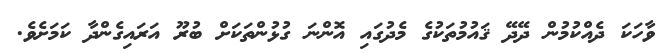
ވާހަކަ ދެއްކުމުން ދޭދޭ ޤައުމުތަކުގެ މެދުގައި އޮންނަ ގުޅުންތަކަށް ބުރޫ އަރައިގެންދާ ކަމަށެވެ.